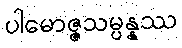
ပါမောဇ္ဇသမ္ပန္နဿ